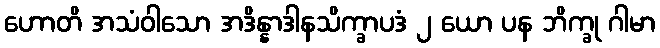
ဟောတိ အသံဝါသော အဒိန္နာဒါနသိက္ခာပဒံ ၂ ယော ပန ဘိက္ခု ဂါမာ